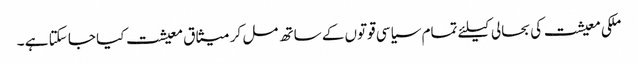
ملکی معیشت کی بحالی کیلئے تمام سیاسی قوتوں کے ساتھ مل کر میثاق معیشت کیا جا سکتا ہے ۔